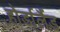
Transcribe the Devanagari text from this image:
होर्डालैंड